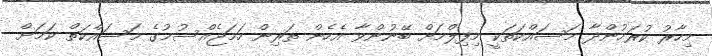
މިހާރު ކުރަމުންދާ މަސައްކަތަކީ މިފިލްމަށް ބޭނުންވާ އެހެން ތަރިން ހަމަޖެއްސުމުގެ މަސައްކަތް ކަމަށް